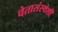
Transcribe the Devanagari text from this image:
चेतासंस्थेशी